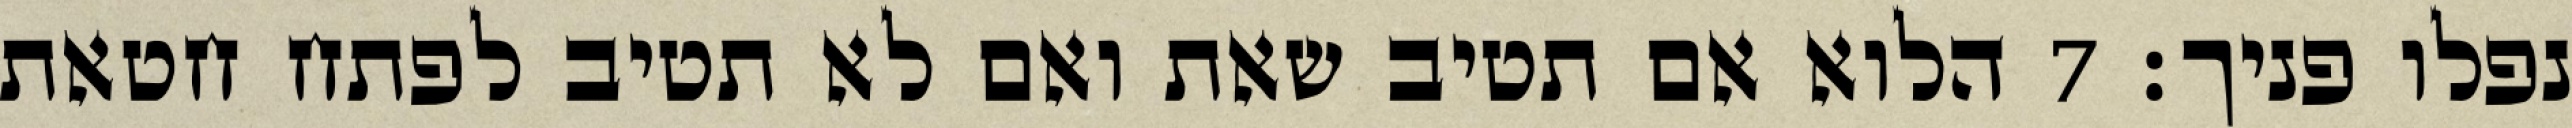
נפלו פניך׃ ‎7‏ הלוא אם תטיב שאת ואם לא תטיב לפתח חטאת